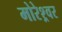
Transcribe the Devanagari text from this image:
मोरेश्र्वर